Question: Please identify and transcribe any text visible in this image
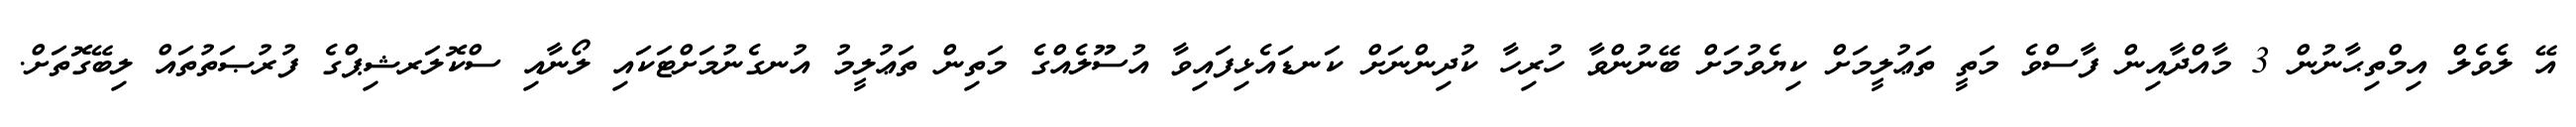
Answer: އޭ ލެވެލް އިމްތިޙާނުން 3 މާއްދާއިން ފާސްވެ މަތީ ތަޢުލީމަށް ކިޔެވުމަށް ބޭނުންވާ ހުރިހާ ކުދިންނަށް ކަނޑައެޅިފައިވާ އުސޫލެއްގެ މަތިން ތަޢުލީމު އުނގެނުމަށްޓަކައި ލޯނާއި ސްކޮލަރޝިޕްގެ ފުރުޞަތުތައް ލިބޭގޮތަށް.